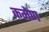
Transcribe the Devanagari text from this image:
कमेण